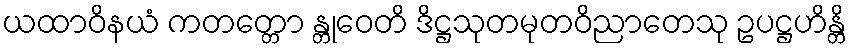
ယထာဝိနယံ ကတတ္တော န္တုဝေတိ ဒိဋ္ဌသုတမုတဝိညာတေသု ဥပဋ္ဌဟိန္တိ